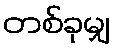
တစ်ခုမျှ